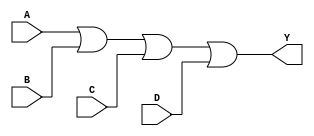
module OR_gate (
  input A, 
  input B, 
  input C, 
  input D, 
  output Y
);

assign Y = A | B | C | D;

endmodule